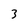
Character: 3